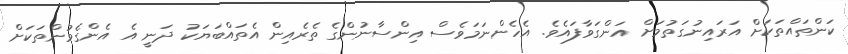
ކަންތައްތަކަށް އަރައިނުގަތުމަށް އަންގަވާފައެވެ. އެހެންނަމަވެސް އިންސާނުންގެ ތެރެއިން އެތައްބަޔަކު ދަނީ އެ އެންގެވުންތަކަށް